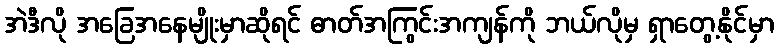
အဲဒီလို အခြေအနေမျိုးမှာဆိုရင် ဓာတ်အကြွင်းအကျန်ကို ဘယ်လိုမှ ရှာတွေ့နိုင်မှာ